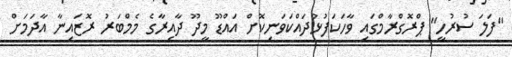
"ފަލަ ސުރުހީ" ޕްރޮގްރާމްގައި ވާހަކަފުޅުދައްކަވަނިކޮށް އައްޑޫ މީދޫ ދާއިރާގެ މެމްބަރު ރޮޒައިނާ އާދަމަށް